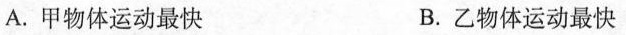
A.甲物体运动最快 B.乙物体运动最快